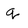
Character: q